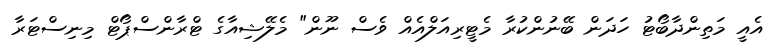
އެއީ މަތިންދާބޯޓު ހަދަން ބޭނުންކުރާ މެޓީރިއަލްއެއް ވެސް ނޫން" މެލޭޝިއާގެ ޓްރާންސްޕޯޓް މިނިސްޓަރާ